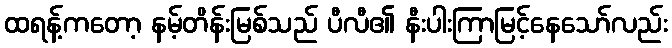
ထရန့်ကတော့ နမ့်တိန်းမြစ်သည် ပီလီ၏ နီးပါးကြာမြင့်နေသော်လည်း